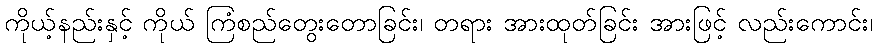
ကိုယ့်နည်းနှင့် ကိုယ် ကြံစည်တွေးတောခြင်း၊ တရား အားထုတ်ခြင်း အားဖြင့် လည်းကောင်း၊